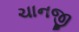
ચાનજી